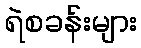
ရဲစခန်းများ